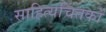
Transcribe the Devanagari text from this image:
साहित्यचिंतकों